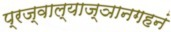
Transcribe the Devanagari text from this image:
प्रज्वाल्याज्ञानगहनं